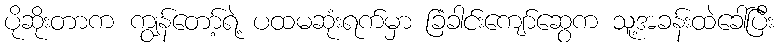
ပိုဆိုးတာက ကျွန်တော့်ရဲ့ ပထမဆုံးရက်မှာ ခြံခါင်းကျော်ဆွေက သူ့အခန်းထဲခေါ်ပြီး